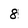
Character: 8